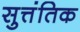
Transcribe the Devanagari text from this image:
सुत्तंतिक